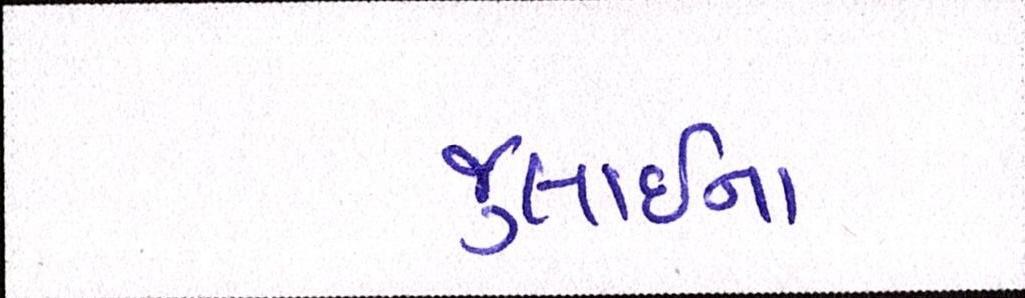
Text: જુલાઈના